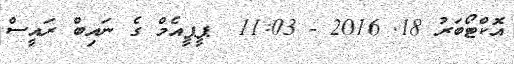
އޮކްޓޯބަރު 18